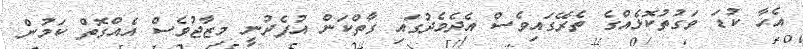
އެހާ ކުޑަ ވަގުތުކޮޅެއްގެ ތެރޭގައިވެސް އެދެމެދުގައި ގާތްކަން އުފެދުނީ މިޒާޖުވެސް އެއްގޮތް ކަމުން